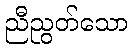
ညီညွတ်သော